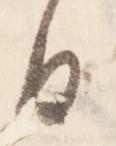
日